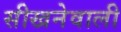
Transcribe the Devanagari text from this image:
सीखनेवाली